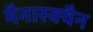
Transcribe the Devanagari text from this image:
मैनास्क्वैन